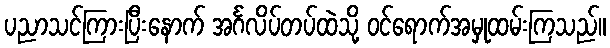
ပညာသင်ကြားပြီးနောက် အင်္ဂလိပ်တပ်ထဲသို့ ဝင်ရောက်အမှုထမ်းကြသည်။